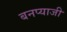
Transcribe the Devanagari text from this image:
बनप्याजी